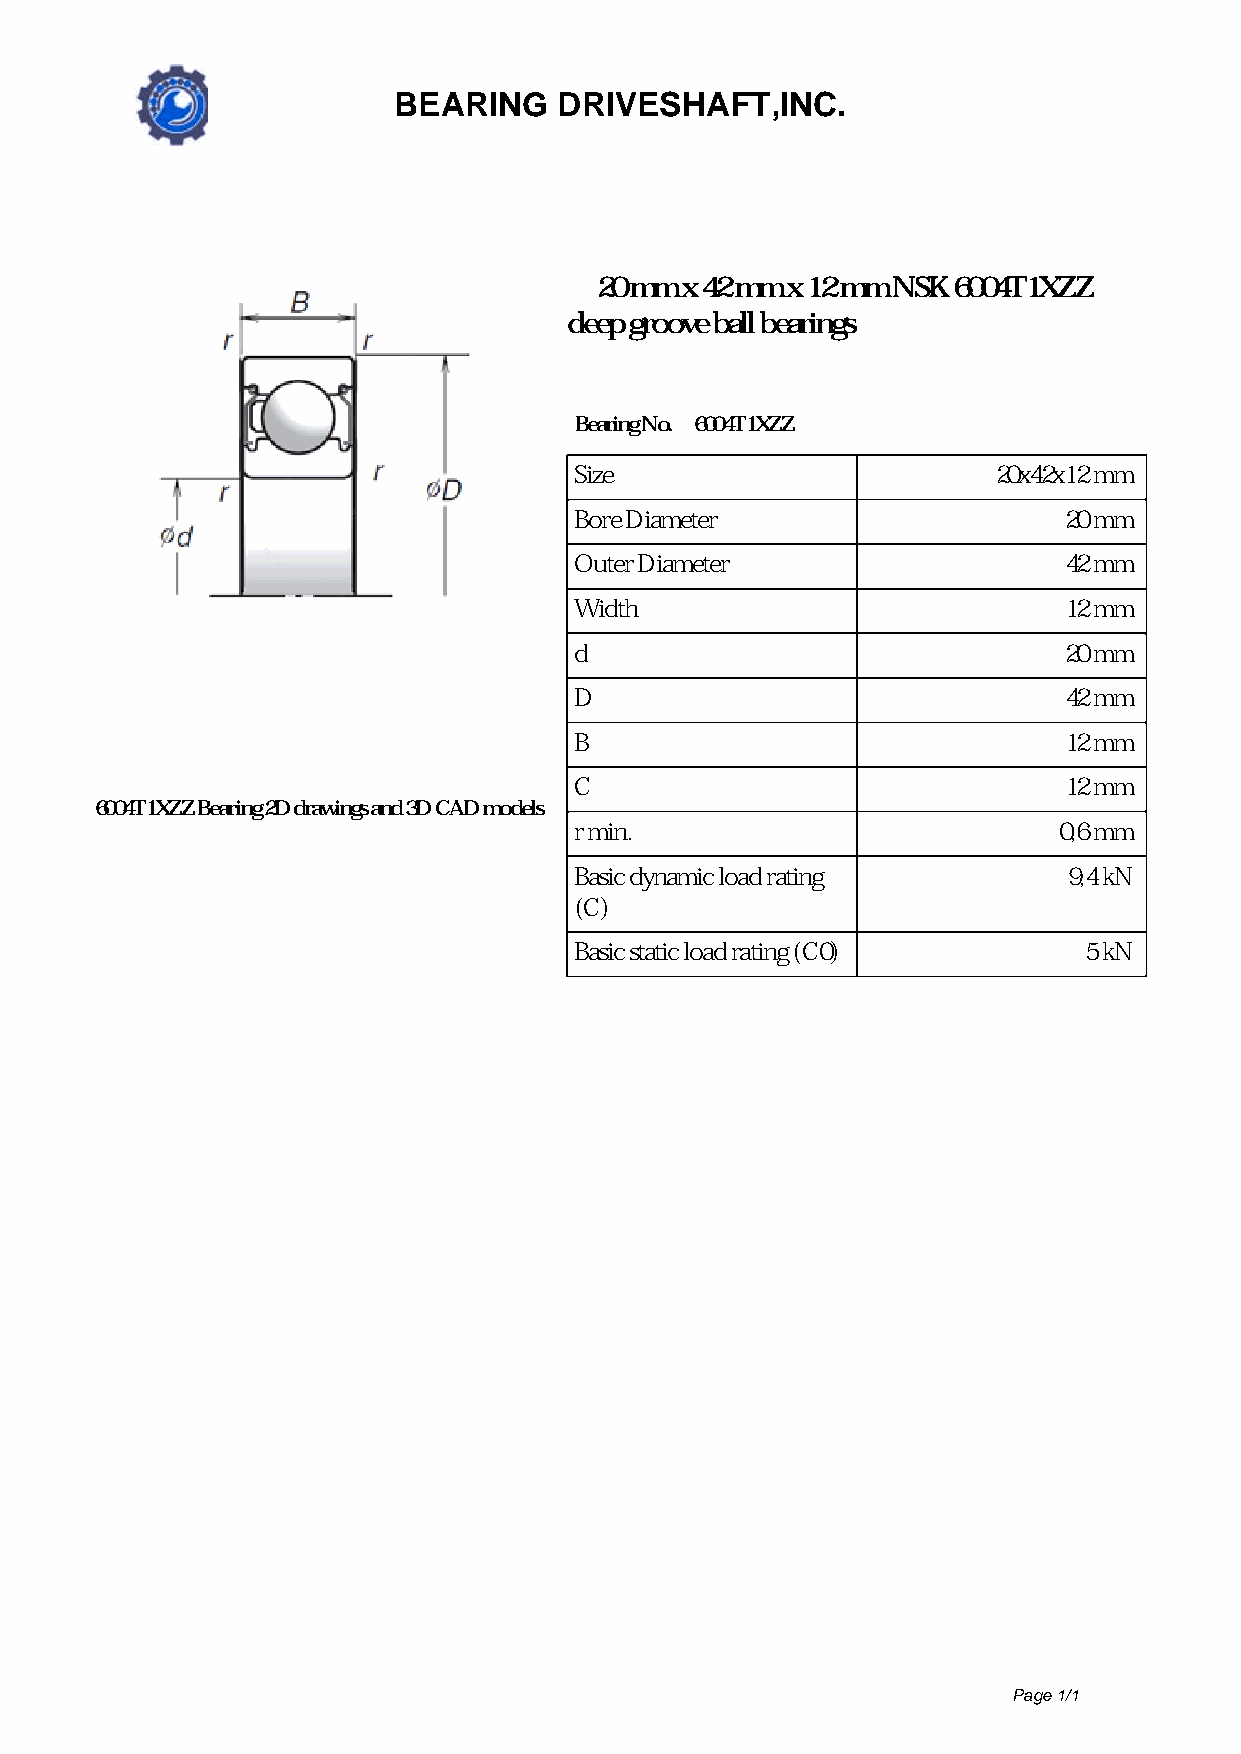
BEARING    DRIVESHAFT,INC.
 20 mm x 42 mm x 12 mm NSK 6004T1XZZ
 deep groove ball bearings
 Bearing No. 6004T1XZZ
 Size                        20x42x12 mm
 Bore Diameter                   20 mm
 Outer Diameter                  42 mm
 Width                           12 mm
 d                               20 mm
 D                               42 mm
 B                               12 mm
 C                               12 mm
 6004T1XZZ Bearing 2D drawings and 3D CAD models
 r min.                          0,6 mm
 Basic dynamic load rating        9,4 kN
 (C)
 Basic static load rating (C0)     5 kN
 Page 1/1
 Powered by TCPDF (www.tcpdf.org)